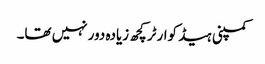
کمپنی ہیڈ کوارٹر کچھ زیادہ دور نہیں تھا۔